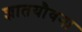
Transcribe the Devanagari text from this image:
ज्ञातयौवना